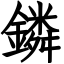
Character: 鏻